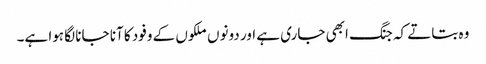
وہ بتاتے کہ جنگ ابھی جاری ہے اور دونوں ملکوں کے وفود کا آنا جانا لگا ہوا ہے۔